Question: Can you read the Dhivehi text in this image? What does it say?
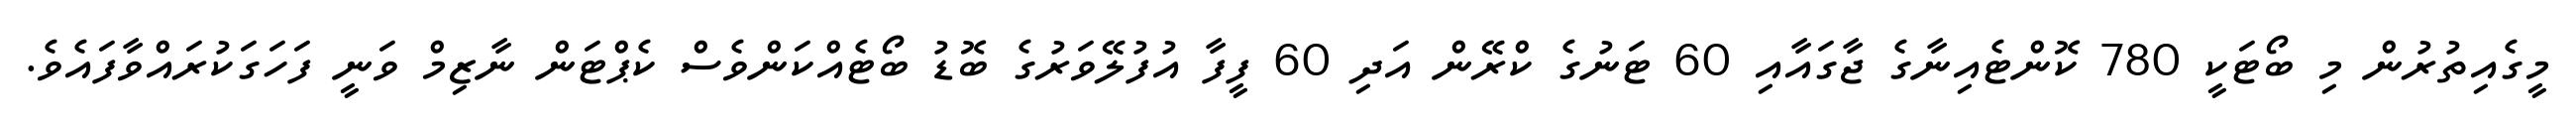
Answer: މީގެއިތުރުން މި ބޯޓަކީ 780 ކޮންޓެއިނާގެ ޖާގައާއި 60 ޓަނުގެ ކްރޭން އަދި 60 ފީފާ އުފުލޭވަރުގެ ބޮޑު ބޯޓެއްކަންވެސް ކެޕްޓަން ނާޒިމް ވަނީ ފަހަގަކުރައްވާފައެވެ.